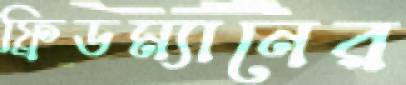
ফ্রিডম্যানের